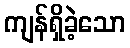
ကျန်ရှိခဲ့သော